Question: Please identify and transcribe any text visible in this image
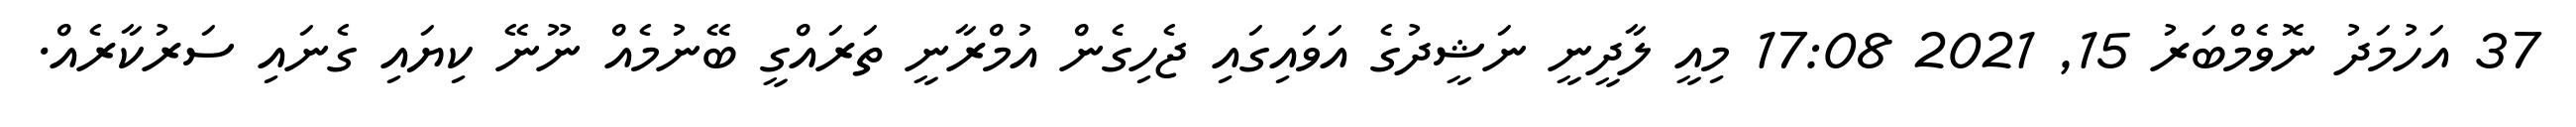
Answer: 37 އަހުމަދު ނޮވެމްބަރު 15, 2021 17:08 މިއީ ލާދީނީ ނަޝީދުގެ އަވައިގައި ޖެހިގެން އުމްރާނީ ތަރައްގީ ބޭނުމެއް ނޫނޭ ކިޔައި ގެނައި ސަރުކާރެއް.